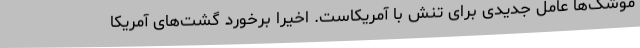
موشک‌ها عامل جدیدی برای تنش با آمریکاست. اخیرا برخورد گشت‌های آمریکا